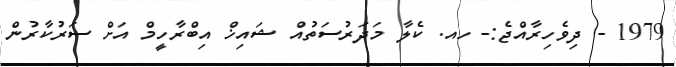
1979 - ދިވެހިރާއްޖެ:- ހއ. ކެލާ މަދަރުސަތުއް ޝައިޚް އިބްރާހީމް އަށް ސަރުކާރުން